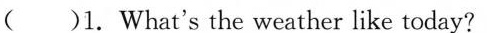
( )1. What's the weather like today?